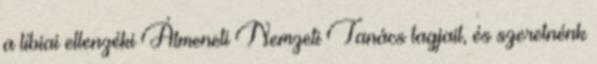
a líbiai ellenzéki Átmeneti Nemzeti Tanács tagjait, és szeretnénk